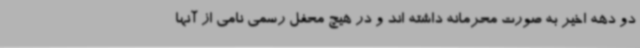
دو دهه اخیر به صورت محرمانه داشته اند و در هیچ محفل رسمی نامی از آنها